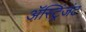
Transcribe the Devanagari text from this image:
ॲस्ट्रिंजंट